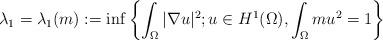
LaTeX: \begin{align*}\lambda_1=\lambda_1(m):=\inf\left\{\int_{\Omega} |\nabla u|^2; u \in H^1(\Omega), \int_{\Omega}mu^2=1\right\}\end{align*}